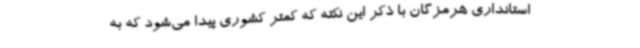
استانداری هرمزگان با ذکر این نکته که کمتر کشوری پیدا می‌شود که به